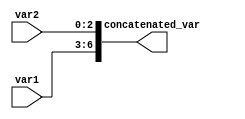
module concat_assign_example(
    input [3:0] var1,
    input [2:0] var2,
    output [6:0] concatenated_var
);

assign concatenated_var = {var1, var2};

endmodule